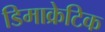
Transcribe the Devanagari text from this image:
डिमाक्रेटिक